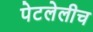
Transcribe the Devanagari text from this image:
पेटलेलीच